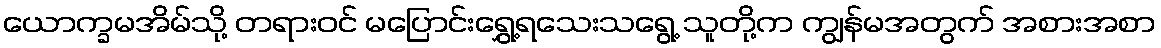
ယောက္ခမအိမ်သို့ တရားဝင် မပြောင်းရွှေ့ရသေးသရွေ့ သူတို့က ကျွန်မအတွက် အစားအစာ